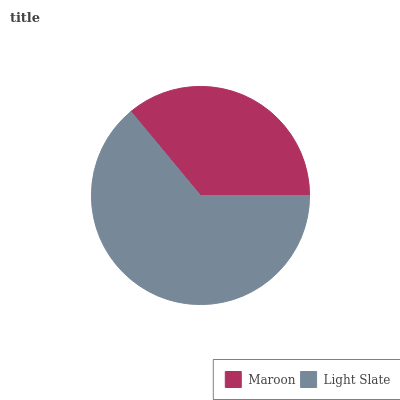
| Maroon | Light Slate |
 | --- | --- |
 | 36% | 64% |